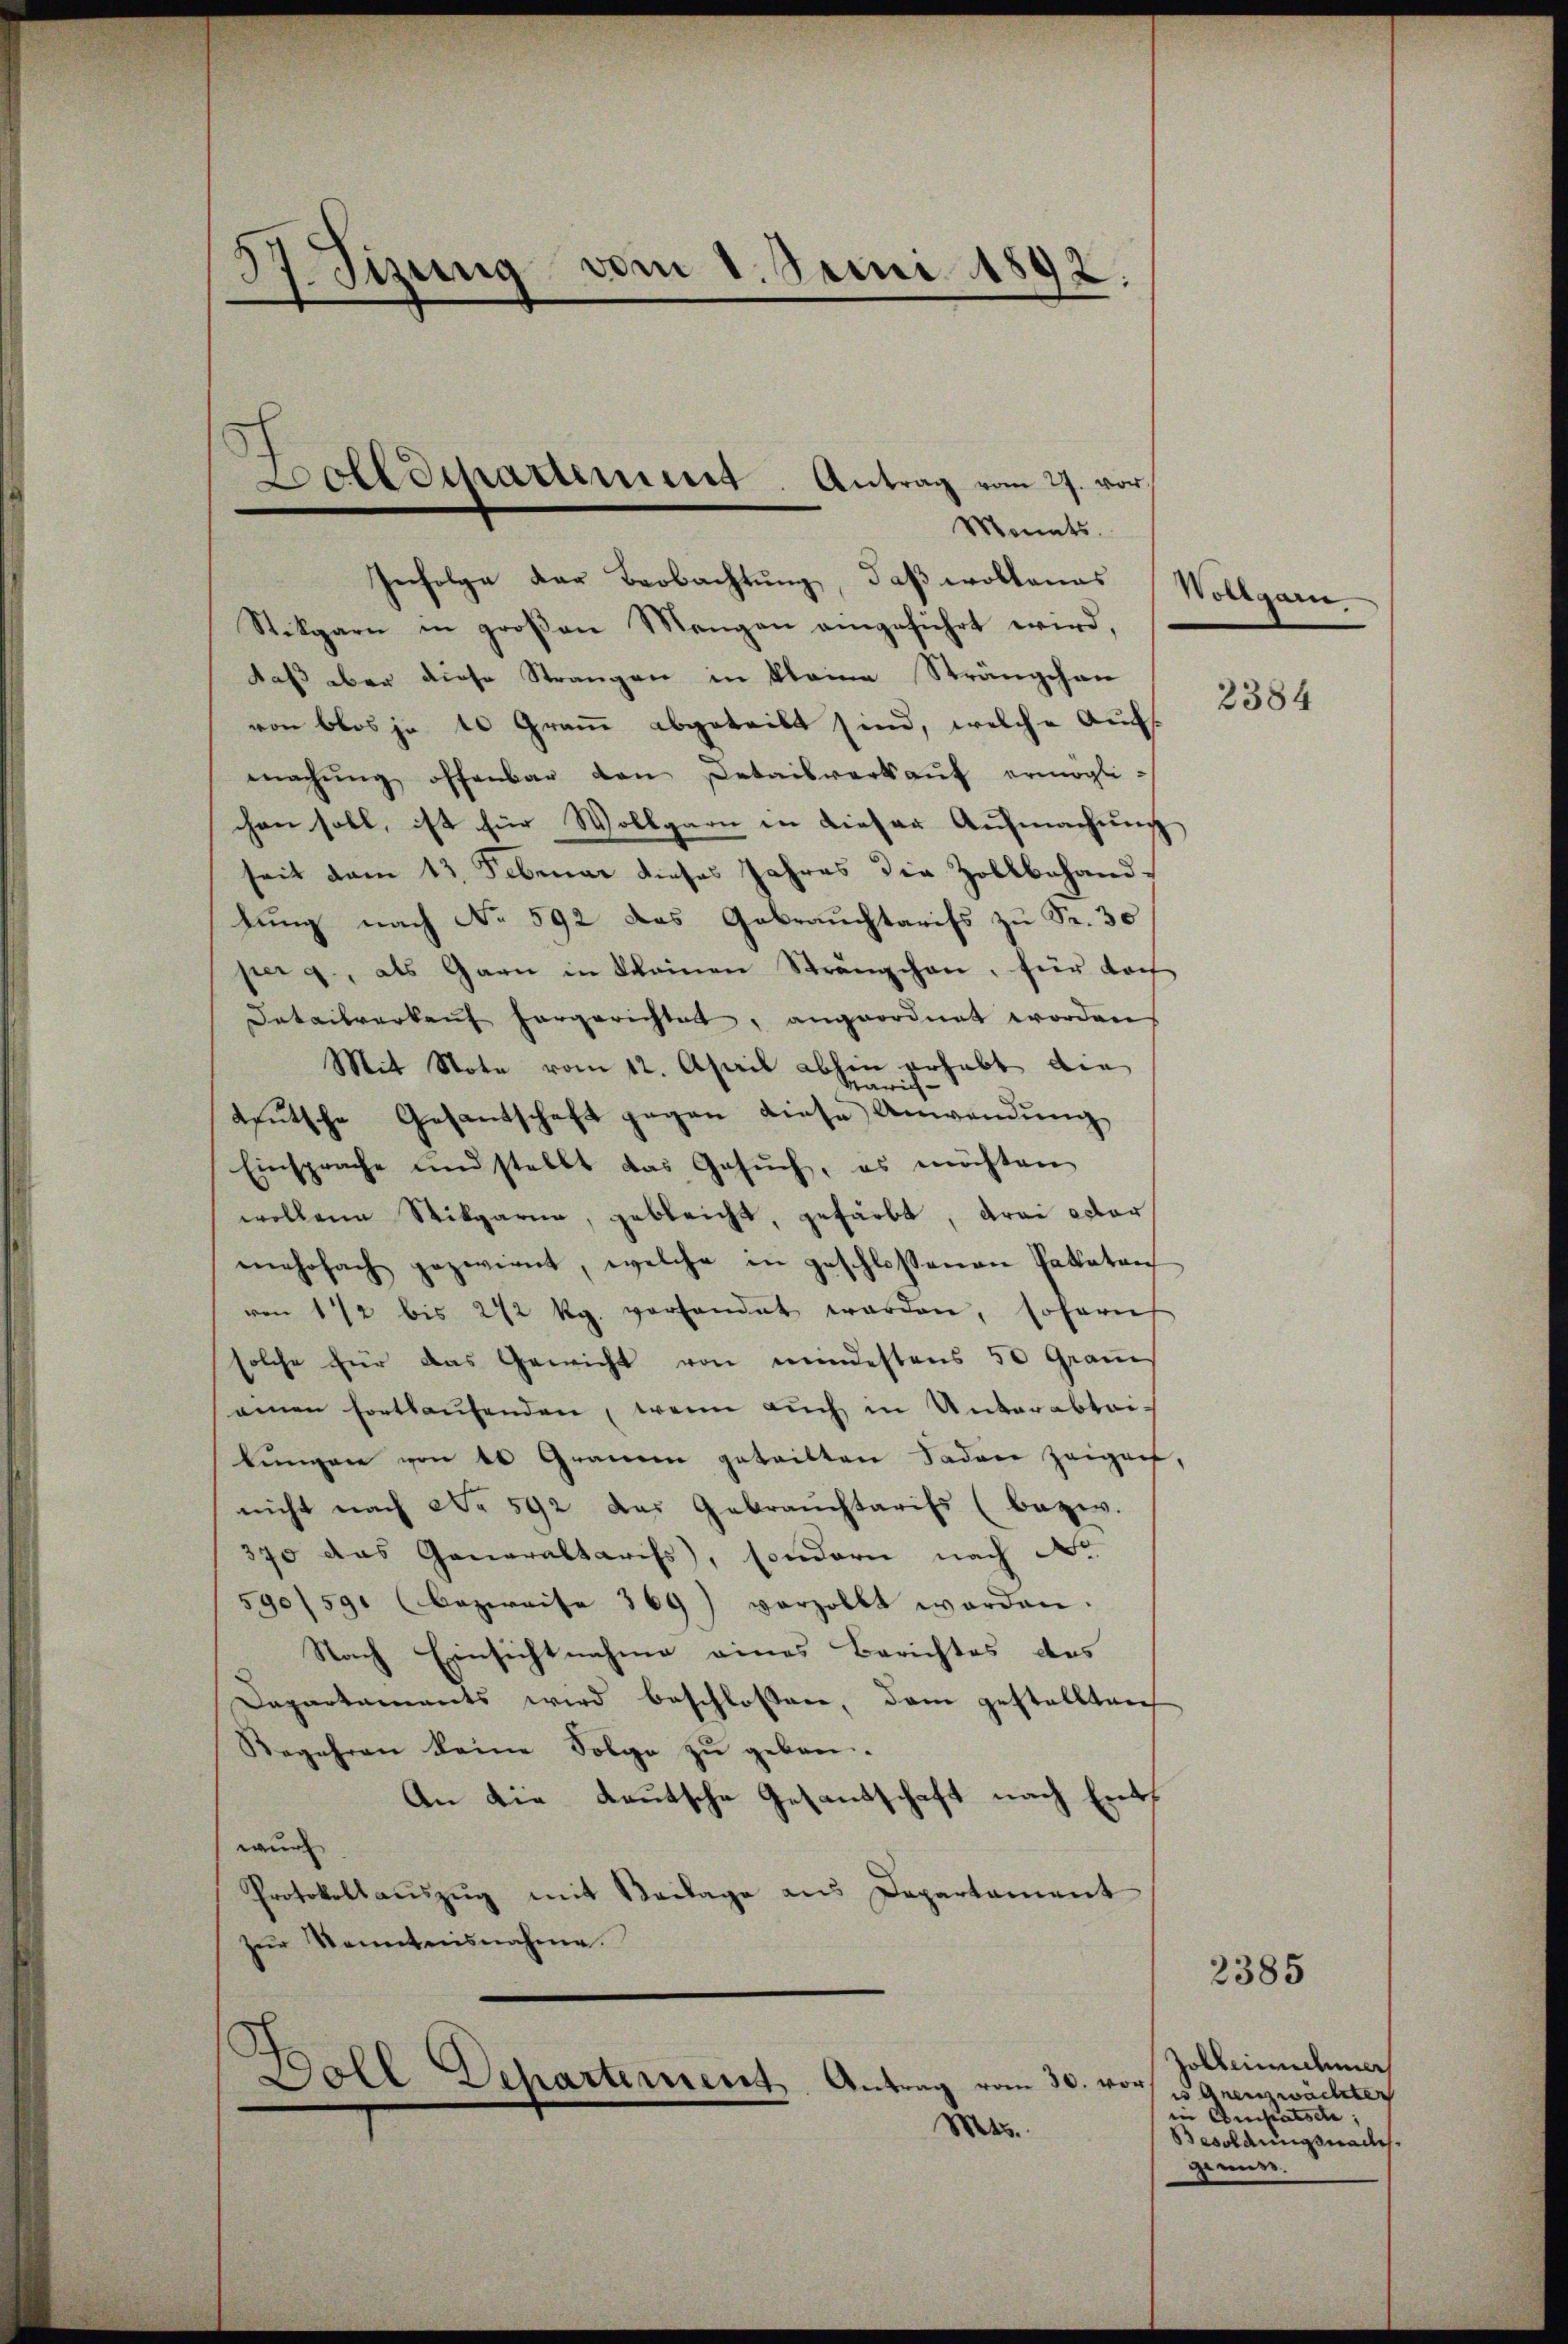
37. Tizung vom 1. Juni 1892.
—

Monats.
Infolge der Beobachtung, daß wollendes
Stikgarn in großen Mangen eingeführt wird,
daß aber diese Strangen in kleine Strängchan
von blos je 10 Gramm abgeteilt sind, welche Aufsmachŭng offenbar den Detailverkaŭf ermöglichen soll, ist für Wollgarn in dieser Aufmachung
seit vom 13. Februar dieses Jahres die Zollbehandtung nach No. 592 das Gebrauchtarifs zu Fr. 30
per 9., als Garn in kleinen Stränzchen, für doc
Detailverkaŭf hergerichtet, angeordnet worden.
Mit Note vom 12. April abhin erhebt die
teutsche Gesantschaft gegen diese Anwendung
Einsprache und stellt das Gesŭch, es möchten
wollene Stikgarna, geblaicht, gefärbt, drei oder
mehrfach gezwirnt, welche in geschlossenen Palatan
von 1/2 bis 272 kg. vorhandet worden, sofernt
solche für das Gewicht von mindestens 50 Graus
seinen fortlaufenden, wenn auch in Unterabtailungen von 40 Gramen getritten Faden zeigen,
nicht nach No 592 das Gebrauchtarifs (bezw.
370 das Generaltariss, sondern nach No.
590/59. (bezweife 369) vorzollt worden.
Nach Einsichtnahme eines Berichtes des
Dapartements wird beschloßen, dem gestellten
Begehren keine Folge zŭ geben.
An die deutsche Gesandschaft nach Entwur
Protokollaŭszŭg mit Beilage aus Departament
zur Kenntnisnahme.

Dollschartement. Antrag vom 27. vor

d
Doll Departement. Antrag vom 30. vor u Grenzwächter
Mts.

Nötigern

2384

2385

Joblerinnehmer
"Amsatsde;
Besoldungsnaches.
genue.